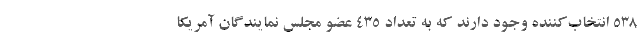
۵۳۸ انتخاب‌کننده وجود دارند که به تعداد ۴۳۵ عضو مجلس نمایندگان آمریکا